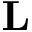
\mathbf { L }